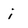
Character: i